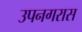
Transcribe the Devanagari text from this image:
उपनगरास